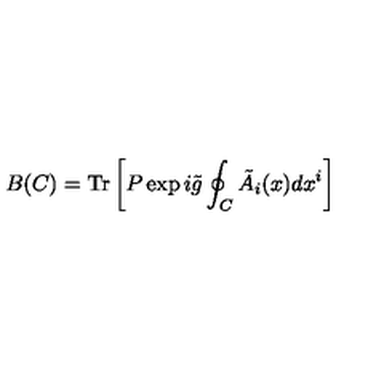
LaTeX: B ( C ) = \mathrm { T r } \left[ P \exp i \tilde { g } \oint _ { C } \tilde { A } _ { i } ( x ) d x ^ { i } \right]